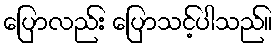
ပြောလည်း ပြောသင့်ပါသည်။